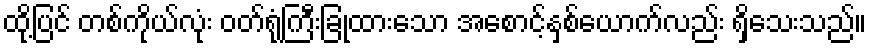
ထို့ပြင် တစ်ကိုယ်လုံး ဝတ်ရုံကြီးခြုံထားသော အစောင့်နှစ်ယောက်လည်း ရှိသေးသည်။